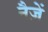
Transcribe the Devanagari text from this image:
नैज़ें